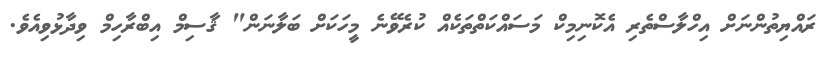
ރައްޔިތުންނަށް އިހްލާސްތެރި އެކޮނިމިކް މަސައްކަތްތަކެއް ކުރެވޭނެ މީހަކަށް ބަލާނަން" ޤާސިމް އިބްރާހިމް ވިދާޅުވިއެވެ.